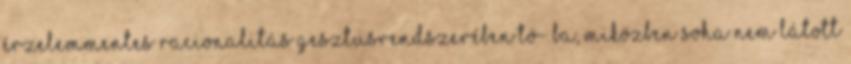
érzelemmentes racionalitás gesztusrendszerében tö- ba, miközben soha nem látott